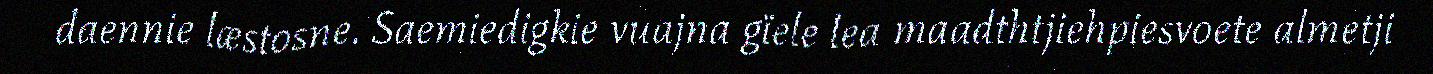
daennie læstosne. Saemiedigkie vuajna gïele lea maadthtjiehpiesvoete almetji